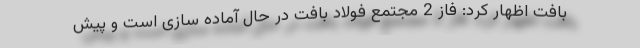
بافت اظهار کرد: فاز 2 مجتمع فولاد بافت در حال آماده سازی است و پیش